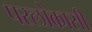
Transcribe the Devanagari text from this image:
परलोकासी